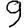
Digit: 9